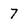
Character: 7